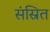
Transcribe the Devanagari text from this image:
संस्रित